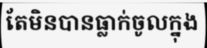
តែមិនបានធ្លាក់ចូលក្នុង